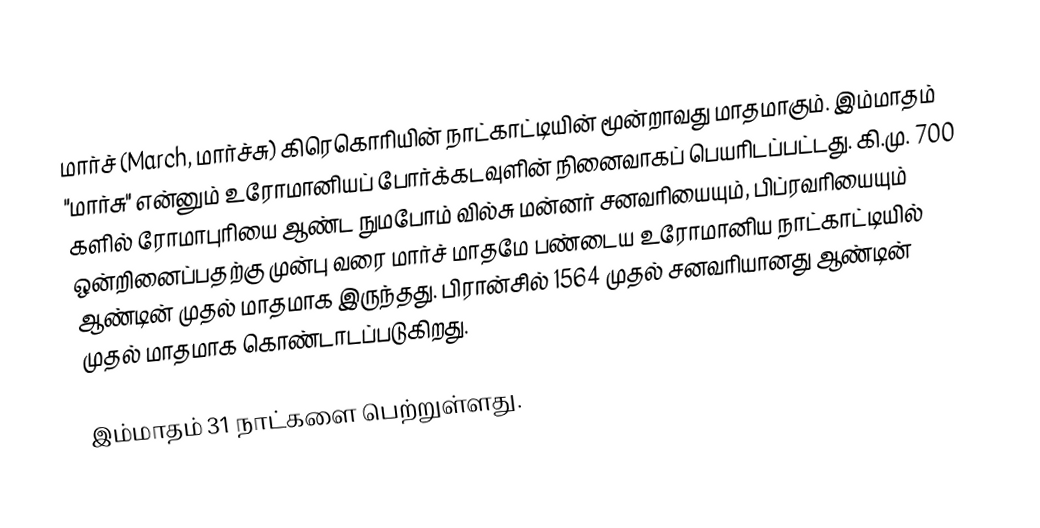
மார்ச் (March, மார்ச்சு) கிரெகொரியின் நாட்காட்டியின் மூன்றாவது மாதமாகும். இம்மாதம் "மார்சு" என்னும் உரோமானியப் போர்க்கடவுளின் நினைவாகப் பெயரிடப்பட்டது. கி.மு. 700 களில் ரோமாபுரியை ஆண்ட நுமபோம் வில்சு மன்னர் சனவரியையும், பிப்ரவரியையும் ஒன்றினைப்பதற்கு முன்பு வரை மார்ச் மாதமே பண்டைய உரோமானிய நாட்காட்டியில் ஆண்டின் முதல் மாதமாக இருந்தது. பிரான்சில் 1564 முதல் சனவரியானது ஆண்டின் முதல் மாதமாக கொண்டாடப்படுகிறது.

இம்மாதம் 31 நாட்களை பெற்றுள்ளது.